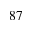
^ { 8 7 }